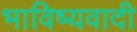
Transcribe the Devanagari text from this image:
भाविष्यवादी